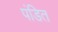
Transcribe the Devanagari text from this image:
पंडित